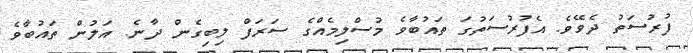
ފުރުސަތު ދެވޭވެ. އެފުރުސަތުގަ ތައުބާވެ މުސްލިމެއްގެ ސަރަފް ލިބިގެން ދާނެ. އަލުން ތައުބާވެ